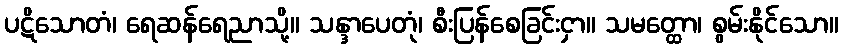
ပဋိသောတံ၊ ရေဆန်ရေညာသို့။ သန္ဒာပေတုံ၊ စီးပြန်စေခြင်းငှာ။ သမတ္ထော၊ စွမ်းနိုင်သော။